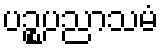
ပဉ္စပညာသမံ